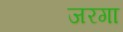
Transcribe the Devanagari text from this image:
जरगा